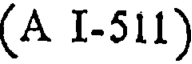
(A I-511)